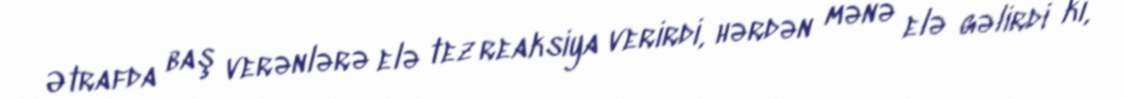
Ətrafda baş verənlərə elə tez reaksiya verirdi, hərdən mənə elə gəlirdi ki,